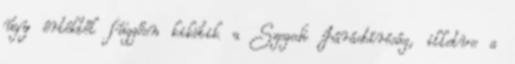
úgy értéktől függően kikötik a Szegedi Járásbíróság, illetve a